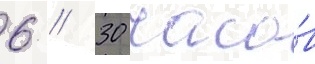
6 // 30 часо́в